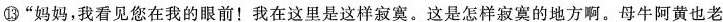
⑬”妈妈，我看见您在我的眼前！我在这里是这样寂寞。这是怎样寂寞的地方啊。母牛阿黄也老